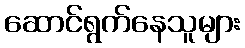
ဆောင်ရွက်နေသူများ